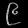
Digit: ၉